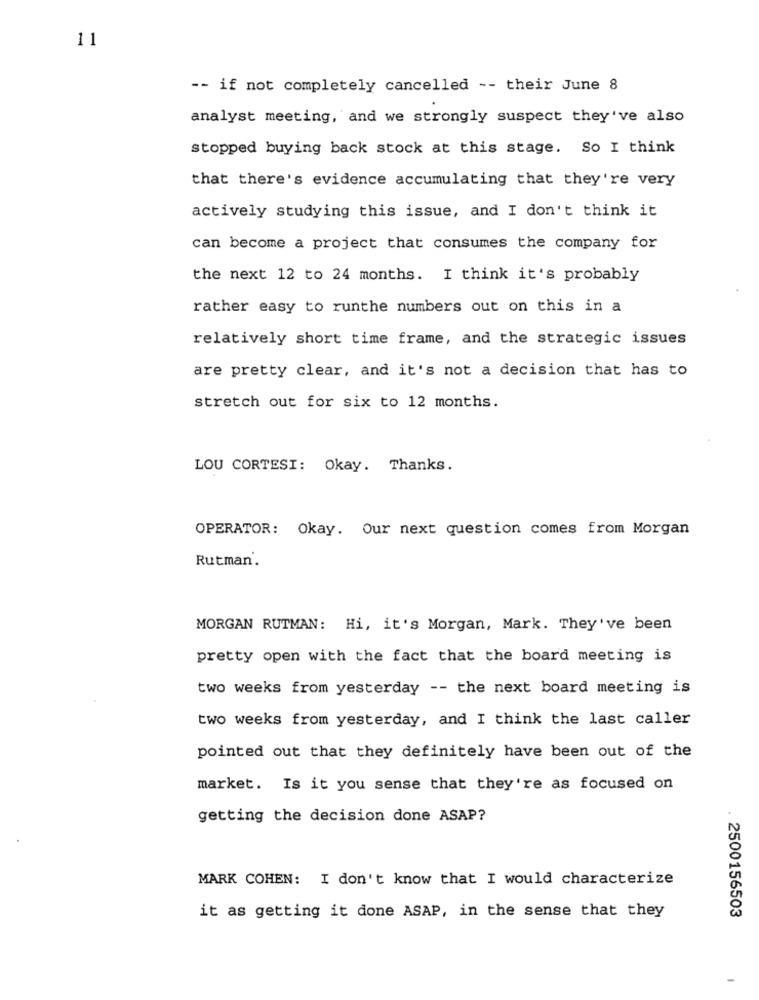
11
-- if not completely cancelled -- their June 8
analyst meeting, and we strongly suspect they've also
stopped buying back stock at this stage. So I think
that there's evidence accumulating that they're very
actively studying this issue, and I don't think it
can become a project that consumes the company for
the next 12 to 24 months. I think it's probably
rather easy to runthe numbers out on this in a
relatively short time frame, and the strategic issues
are pretty clear, and it's not a decision that has to
stretch out for six to 12 months.
LOU CORTESI: Okay. Thanks.
OPERATOR: Okay. Our next question comes from Morgan
Rutman.
MORGAN RUTMAN: Hi, it's Morgan, Mark. They've been
pretty open with the fact that the board meeting is
two weeks from yesterday -- the next board meeting is
two weeks from yesterday, and I think the last caller
pointed out that they definitely have been out of the
market. Is it you sense that they're as focused on
getting the decision done ASAP?
MARK COHEN: I don't know that I would characterize
it as getting it done ASAP, in the sense that they
. 2500156503